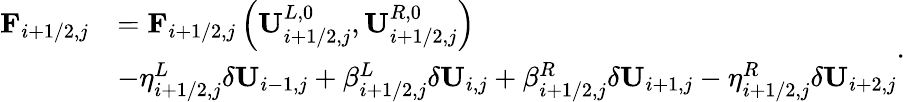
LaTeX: \begin{array}{rl}{\mathbf{F}_{i+1/2,j}}&{=\mathbf{F}_{i+1/2,j}\left(\mathbf{U}_{i+1/2,j}^{L,0},\mathbf{U}_{i+1/2,j}^{R,0}\right)}\\ &{-\eta_{i+1/2,j}^{L}\delta\mathbf{U}_{i-1,j}+\beta_{i+1/2,j}^{L}\delta\mathbf{U}_{i,j}+\beta_{i+1/2,j}^{R}\delta\mathbf{U}_{i+1,j}-\eta_{i+1/2,j}^{R}\delta\mathbf{U}_{i+2,j}}\end{array}.